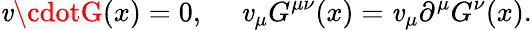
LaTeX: \mathit{v}\cdotG(x)=0,\ \ \ \ \ \mathit{v}_{\mu}G^{\mu\nu}(x)=\mathit{v}_{\mu}\partial^{\mu}G^{\nu}(x).